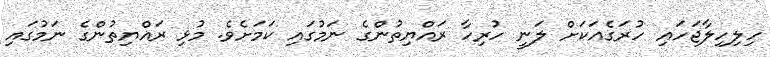
ހިލިހިލާޖަހައި ހުރަގެއަކަށް ލަނީ ހުރިހާ ރައްޔިތުންގެ ނަމުގައި ކަމަށެވެ. މުޅި ރައްޔިތުންގެ ނަމުގައި